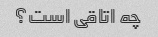
چه اتاقی است؟